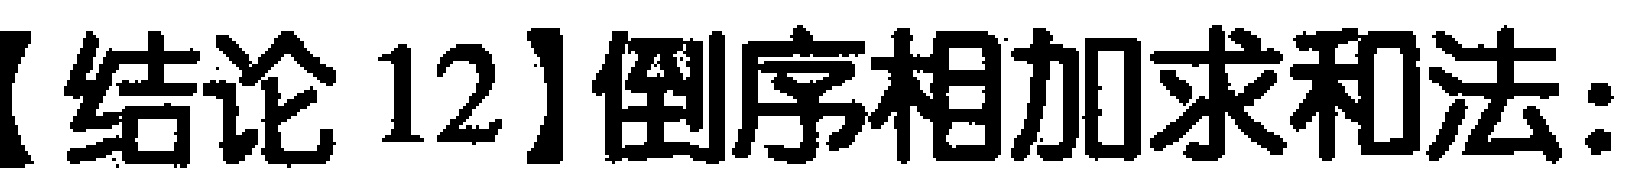
【结论 12】倒序相加求和法: